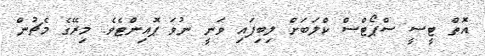
އޮތް ޓީސީ ސްޕޯޓްސް ކްލަބަށް ލިބިފައި ވަނީ ނުވަ ޕޮއިންޓެވެ. މިރޭގެ މެޗުން